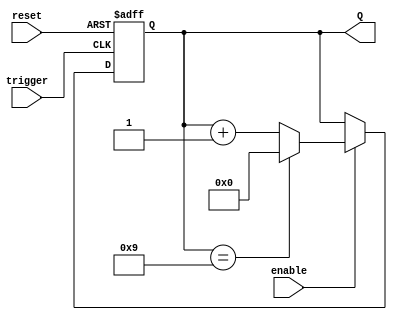
module decade_counter (
    input wire reset,       // Asynchronous reset signal
    input wire enable,      // Enable signal for counting
    input wire trigger,     // Trigger signal for counting (e.g., push button)
    output reg [3:0] Q      // 4-bit output representing the count
);

// Asynchronous reset and counting logic
always @(posedge trigger or posedge reset) begin
    if (reset) begin
        Q <= 4'b0000; // Reset the counter to 0
    end else if (enable) begin
        if (Q == 4'b1001) begin
            Q <= 4'b0000; // Reset to 0 when count reaches 10 (1010)
        end else begin
            Q <= Q + 1; // Increment the counter
        end
    end
end

endmodule